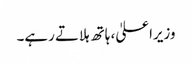
وزیراعلیٰ، ہاتھ ہلاتے رہے۔